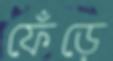
ফেঁড়ে